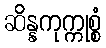
ဆိန္နကုက္ကုစ္စံ